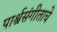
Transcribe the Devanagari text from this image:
पार्श्वसंगीताचे